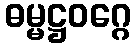
ဓမ္မဋ္ဌဝဂ္ဂေ